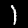
Digit: 1